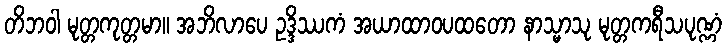
တိဘဝါ မုတ္တကုတ္တမာ။ အဘိလာပေ ဥဒ္ဒိဿကံ အယာထာဝပထတော နာသ္မာသု မုတ္တကရီသပုဏ္ဏံ